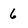
Character: 6